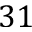
3 1